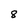
Character: 8